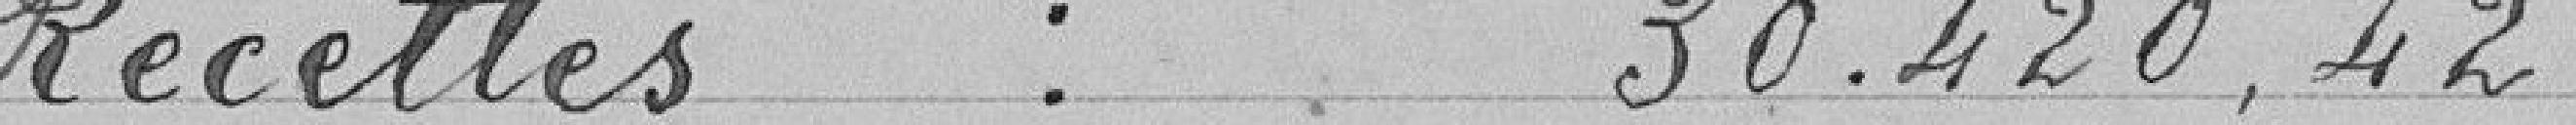
Recettes : 30.420,42